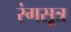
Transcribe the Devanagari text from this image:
रंगसूत्र